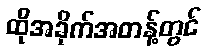
ထိုအခိုက်အတန့်တွင်